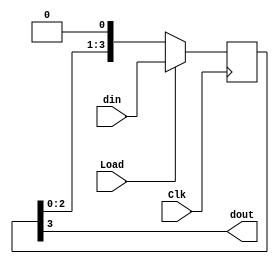
`timescale 1ns / 1ps

module Pal2Serial( // PiSo_Shift = 4
    input Clk,
    input Load, // 
    input [3:0] din, // 4 
    output dout // 1 
    );

reg [3:0] databuff = 4'b0000; // 

always @(posedge Clk)
    if (Load) 
        databuff <= din;
    else
        databuff <= databuff << 1;

assign dout = databuff[3];

endmodule